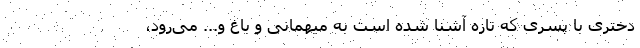
دختری با پسری که تازه آشنا شده است به میهمانی و باغ و... می‌رود،